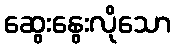
ဆွေးနွေးလိုသော